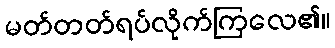
မတ်တတ်ရပ်လိုက်ကြလေ၏။